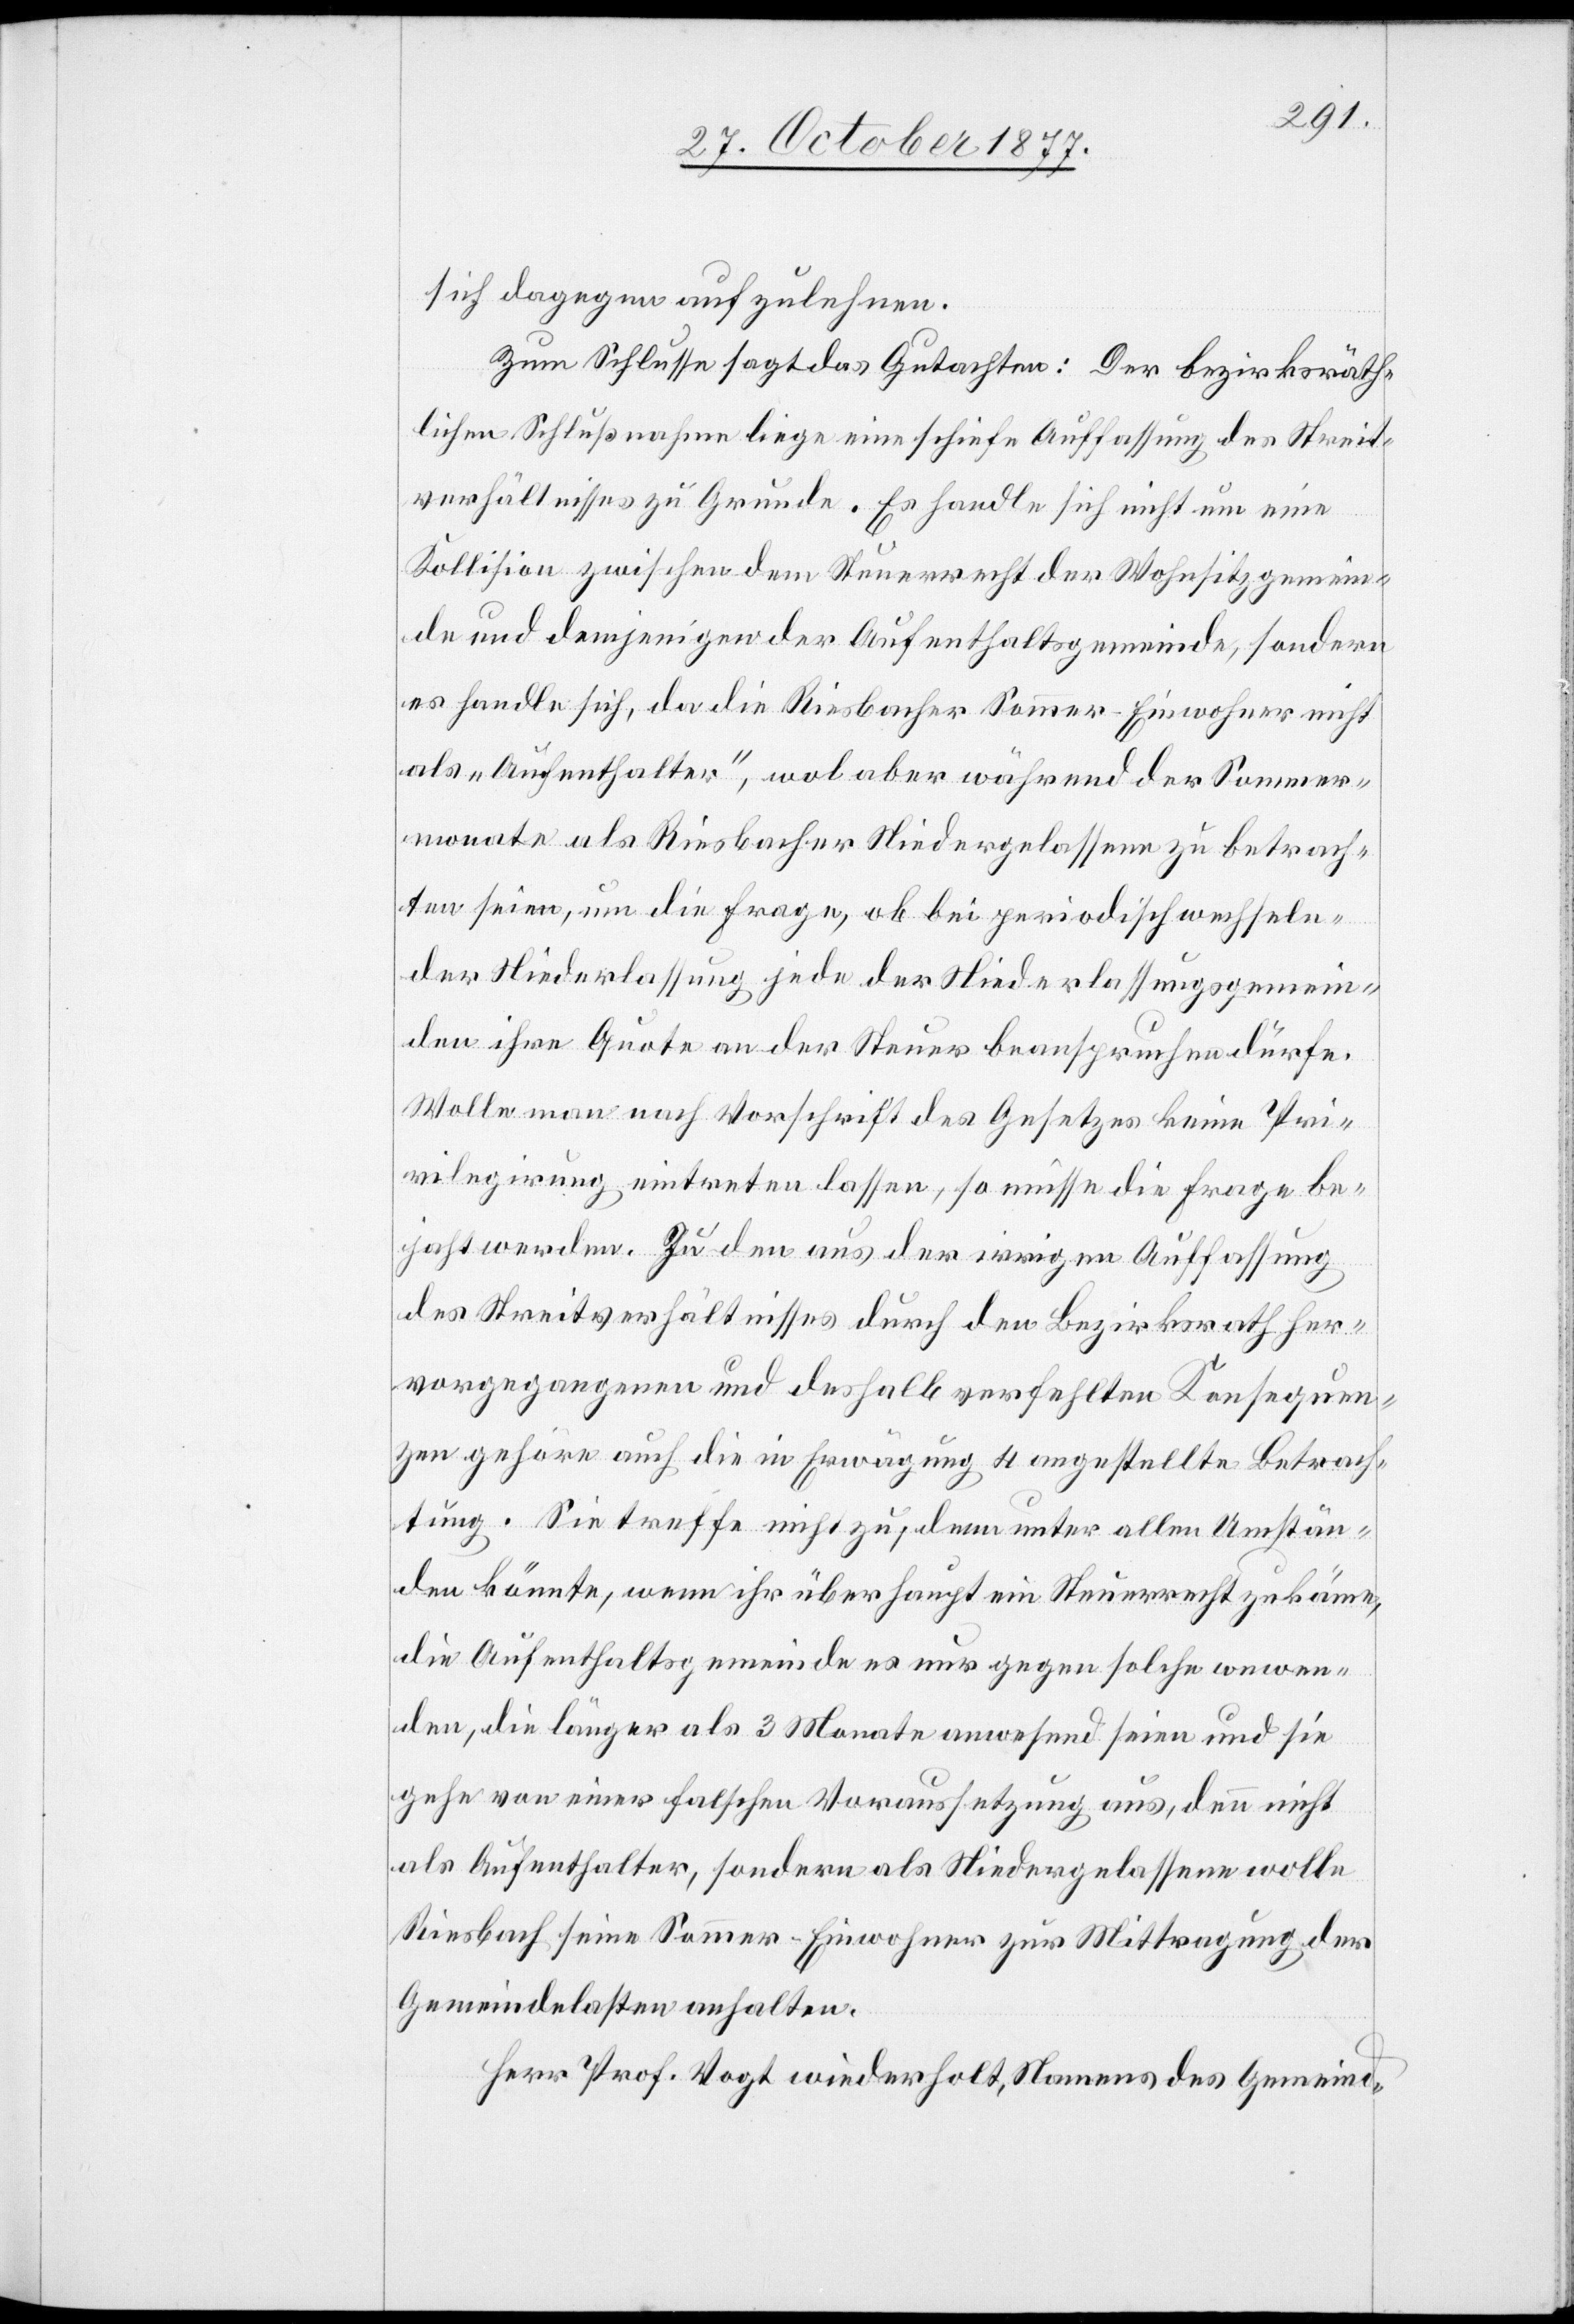
sich dagegen aufzulehnen.
Zum Schlusse sagt das Gutachten: Der bezirksräth¬
lichen Schlußnahme liege eine schiefe Auffassung des Streit¬
verhältnisses zu Grunde. Es handle sich nicht um eine
Kollision zwischen dem Steuerrecht der Wohnsitzgemein¬
de und demjenigen der Aufenthaltsgemeinde, sondern
es handle sich, da die Riesbacher Sommer-Einwohner nicht
als „Aufenthalter“, wol aber während der Sommer¬
monate als Riesbacher Niedergelassene zu betrach¬
ten seien, um die Frage, ob bei periodisch wechseln¬
der Niederlassung jede der Niederlassungsgemein¬
den ihre Quote an der Steuer beanspruchen dürfe.
Wolle man nach Vorschrift des Gesetzes keine Pri¬
vilegirung eintreten lassen, so müsse die Frage be¬
jaht werden. Zu den aus der irrigen Auffassung
des Streitverhältnisses durch den Bezirksrath her¬
vorgegangenen und deshalb verfehlten Konsequen¬
zen gehöre auch die in Erwägung 4 angestellte Betrach¬
tung. Sie treffe nicht zu; denn unter allen Umstän¬
den könnte, wenn ihr überhaupt ein Steuerrecht zukäme,
die Aufenthaltsgemeinde es nur gegen solche anwen¬
den, die länger als 3 Monate anwesend seien und sie
gehe von einer falschen Voraussetzung aus, denn nicht
als Aufenthalter, sondern als Niedergelassene wolle
Riesbach seine Sommer-Einwohner zur Mittragung der
Gemeindelasten anhalten.
Herr Prof. Vogt wiederholt, Namens des Gemeind-